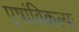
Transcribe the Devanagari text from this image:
एषांविकल्पः